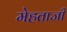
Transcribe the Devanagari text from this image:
मेहताजी